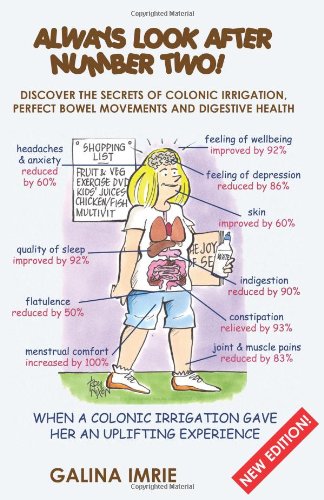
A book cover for Always Look After Number Two!: Discover the Secrets of Colonic Irrigation, Perfect Bowel Movements and Digestive Health; Galina Imrie; Science & Math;